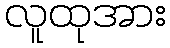
လူထုအား